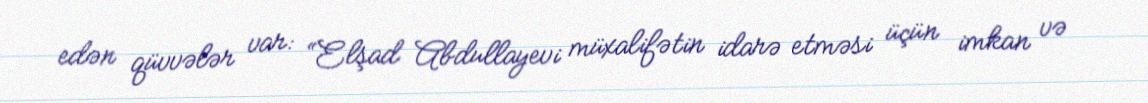
edən qüvvələr var: “Elşad Abdullayevi müxalifətin idarə etməsi üçün imkan və